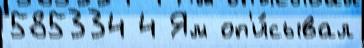
585334 4 Ям оп'и́сывал